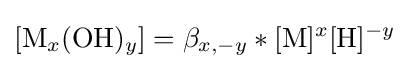
[{\ce {M}}_{x}({\ce {OH}})_{y}]=\beta _{x,-y}*[{\ce {M}}]^{x}[{\ce {H}}]^{-y}